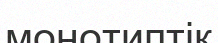
монотиптік